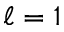
\ell = 1